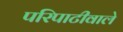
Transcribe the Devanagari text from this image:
परिपाटीवाले